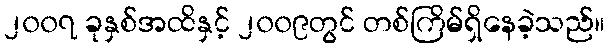
၂၀၀၇ ခုနှစ်အထိနှင့် ၂၀၀၉တွင် တစ်ကြိမ်ရှိနေခဲ့သည်။